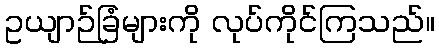
ဥယျာဉ်ခြံများကို လုပ်ကိုင်ကြသည်။